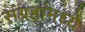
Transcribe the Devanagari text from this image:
संग्रहांमध्ये